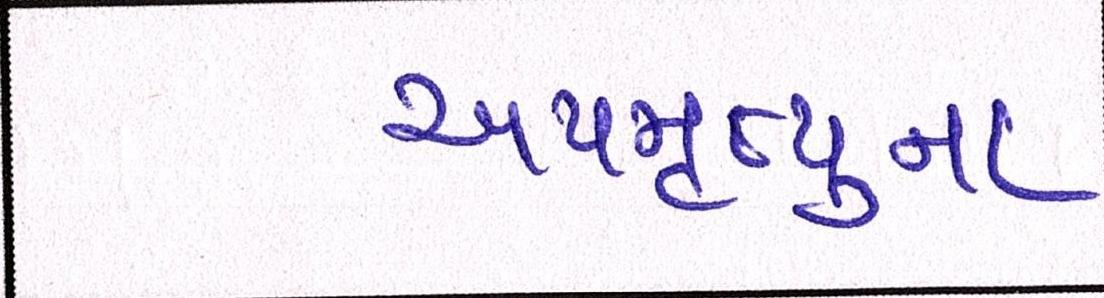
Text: અપમૃત્યુના